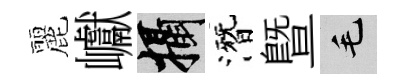
麗巘攝潛暨毛